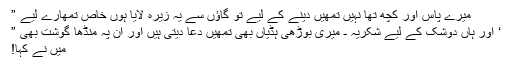
میرے پاس اور کچھ تھا نہیں تمھیں دینے کے لیے تو گاؤں سے یہ زیرہ لایا ہوں خاص تمھارے لیے ”
‘ اور ہاں دوشک کے لیے شکریہ ـ میری بوڑھی ہڈیاں بھی تمھیں دعا دیتی ہیں اور ان پہ منڈھا گوشت بھی ”
میں نے کہا!